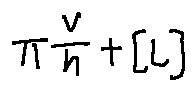
\pi ^ { \frac { V } { h } + [ L ] }